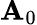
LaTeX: \mathbf{A}_{0}